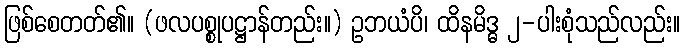
ဖြစ်စေတတ်၏။ (ဖလပစ္စုပဋ္ဌာန်တည်း။) ဥဘယံပိ၊ ထိနမိဒ္ဓ ၂-ပါးစုံသည်လည်း။